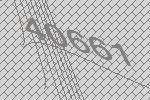
40661